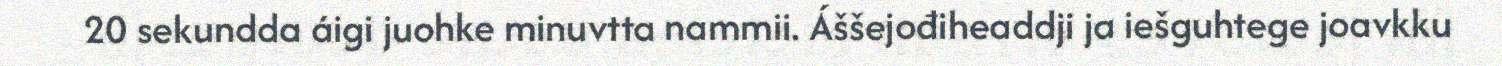
20 sekundda áigi juohke minuvtta nammii. Áššejođiheaddji ja iešguhtege joavkku